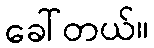
ခေါ်တယ်။